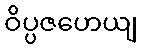
ဝိပ္ပဇဟေယျ